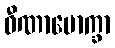
ဝီဏာမောက္ခာ